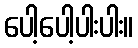
ပေါ့ပေါ့ပါးပါး။